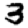
Digit: 3